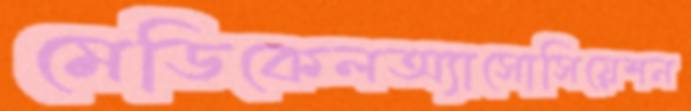
মেডিকেলঅ্যাসোসিয়েশন